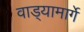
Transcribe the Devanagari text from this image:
वाड्यामार्गे